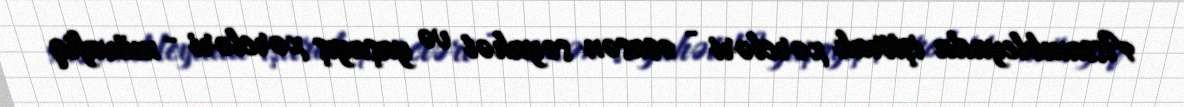
Assambleyada iştirak xərcləri - əsasən səyahət və yaşayış xərcləri - müvafiq